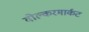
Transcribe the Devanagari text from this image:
वोल्करमार्कट